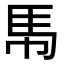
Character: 𮩵